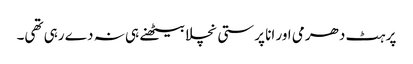
پر ہٹ دھرمی اور انا پرستی نچلا بیٹھنے ہی نہ دے رہی تھی۔